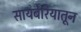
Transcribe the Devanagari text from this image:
सायबेरियातून